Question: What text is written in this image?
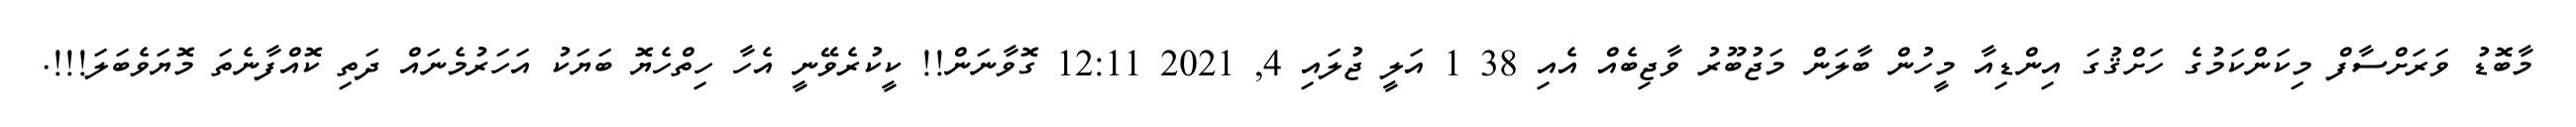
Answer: މާބޮޑު ވަރަށްސާފް މިކަންކަމުގެ ހަށްޤުގަ އިންޑިއާ މީހުން ބާލަން މަޖުބޫރު ވާޖިބެއް އެއި 38 1 އަލީ ޖުލައި 4, 2021 12:11 ގޮވާނަން!! ކީކުރެވޭނީ އެހާ ހިތްހެޔޮ ބަޔަކު އަހަރުމެނައް ދަތި ކޮއްފާނެތަ މޮޔަވެބަލަ!!!.